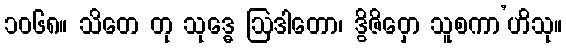
၁၀၆၈။ သိတေ တု သုဒ္ဓေ ဩဒါတော၊ ဒွိဇိဝှော သူစကာ’ဟိသု။